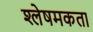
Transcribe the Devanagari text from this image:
श्लेषमकता